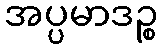
အပ္ပမာဒဉ္စ